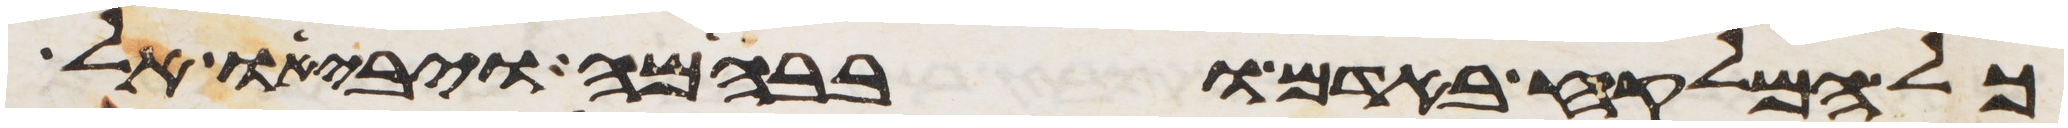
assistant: כל המלקח באדם ובבהמה ויביאו אל